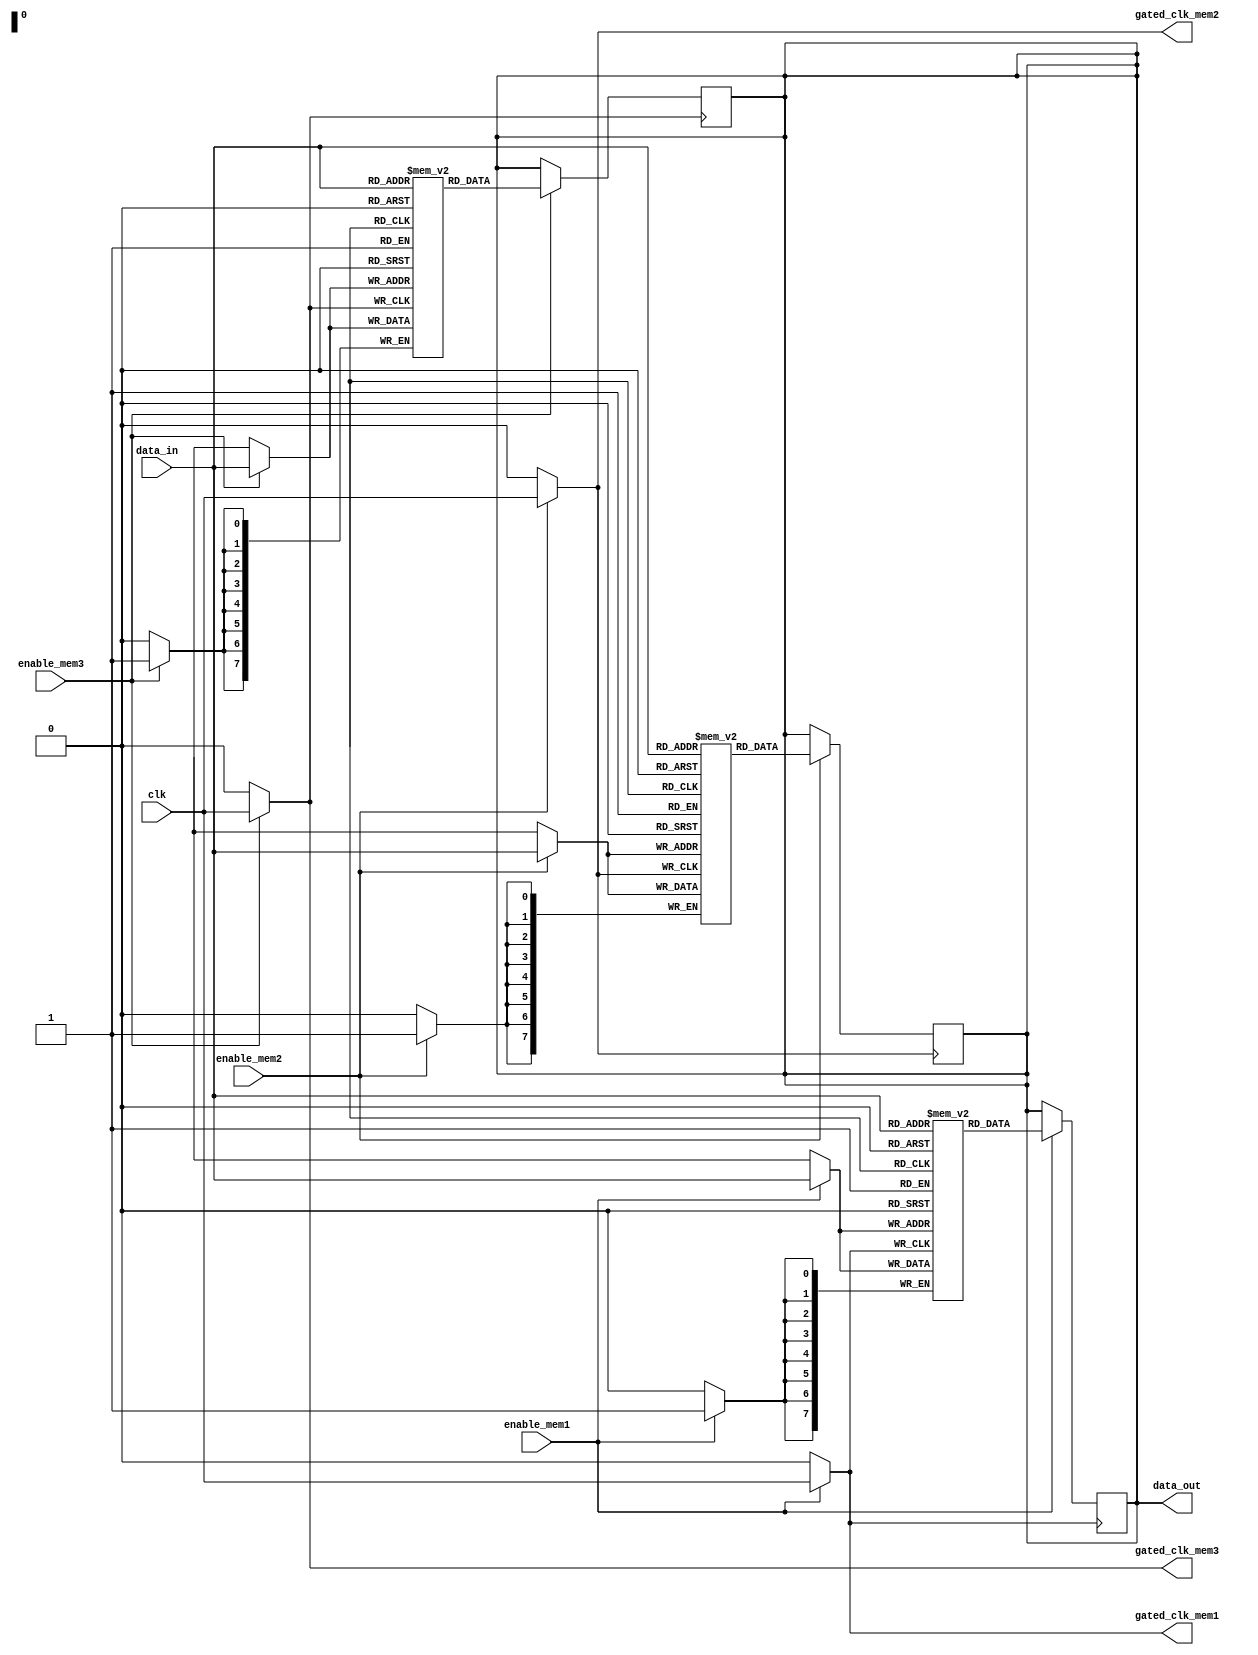
module DynamicClockGating (
    input wire clk,                  // Main clock signal
    input wire enable_mem1,         // Enable signal for memory segment 1
    input wire enable_mem2,         // Enable signal for memory segment 2
    input wire enable_mem3,         // Enable signal for memory segment 3
    output wire gated_clk_mem1,     // Gated clock signal for memory segment 1
    output wire gated_clk_mem2,     // Gated clock signal for memory segment 2
    output wire gated_clk_mem3,     // Gated clock signal for memory segment 3
    input wire [7:0] data_in,       // Data input for memory
    output reg [7:0] data_out       // Data output for memory
);

// Gating logic for memory segment 1
assign gated_clk_mem1 = enable_mem1 ? clk : 1'b0;

// Gating logic for memory segment 2
assign gated_clk_mem2 = enable_mem2 ? clk : 1'b0;

// Gating logic for memory segment 3
assign gated_clk_mem3 = enable_mem3 ? clk : 1'b0;

// Memory block for segment 1
reg [7:0] mem1 [0:255]; // 256 x 8-bit memory
always @(posedge gated_clk_mem1) begin
    // Memory operations (example: write)
    if (enable_mem1) begin
        mem1[data_in[7:0]] <= data_in; // Example write operation
        data_out <= mem1[data_in[7:0]]; // Example read operation
    end
end

// Memory block for segment 2
reg [7:0] mem2 [0:255]; // 256 x 8-bit memory
always @(posedge gated_clk_mem2) begin
    // Memory operations (example: write)
    if (enable_mem2) begin
        mem2[data_in[7:0]] <= data_in; // Example write operation
        data_out <= mem2[data_in[7:0]]; // Example read operation
    end
end

// Memory block for segment 3
reg [7:0] mem3 [0:255]; // 256 x 8-bit memory
always @(posedge gated_clk_mem3) begin
    // Memory operations (example: write)
    if (enable_mem3) begin
        mem3[data_in[7:0]] <= data_in; // Example write operation
        data_out <= mem3[data_in[7:0]]; // Example read operation
    end
end

endmodule